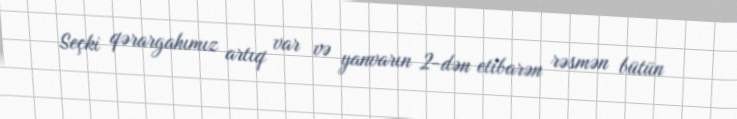
Seçki qərargahımız artıq var və yanvarın 2-dən etibarən rəsmən bütün